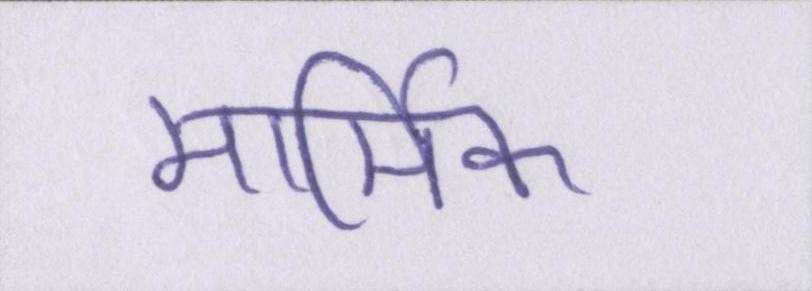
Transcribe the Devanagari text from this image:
मार्मिक